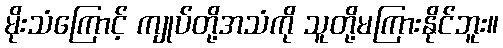
မိုးသံကြောင့် ကျုပ်တို့အသံကို သူတို့မကြားနိုင်ဘူး။